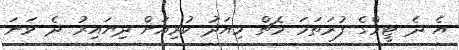
އެ ދެ ޓީމްގެ ފުރަތަމަ މެޗް މިއަދު ކުރިއަށް ދިޔައިރު ދެ ވަނަ